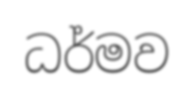
ධර්මව